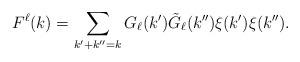
LaTeX: \begin{align*}F^\ell(k)=\sum_{k'+k''=k}G_\ell(k')\tilde G_\ell(k'')\xi(k')\xi(k'').\end{align*}